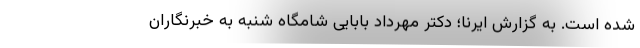
شده است. به گزارش ایرنا؛ دکتر مهرداد بابایی شامگاه شنبه به خبرنگاران